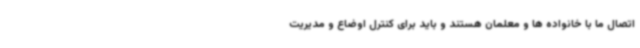
اتصال ما با خانواده ها و معلمان هستند و باید برای کنترل اوضاع و مدیریت